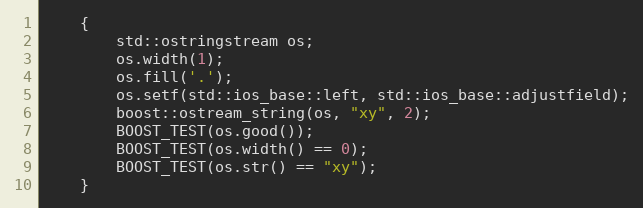
Language: C++
    {
        std::ostringstream os;
        os.width(1);
        os.fill('.');
        os.setf(std::ios_base::left, std::ios_base::adjustfield);
        boost::ostream_string(os, "xy", 2);
        BOOST_TEST(os.good());
        BOOST_TEST(os.width() == 0);
        BOOST_TEST(os.str() == "xy");
    }